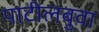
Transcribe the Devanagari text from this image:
पाटीलबुवा